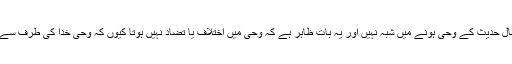
بہرحال حدیث کے وحی ہونے میں شبہ نہیں اور یہ بات ظاہر ہے کہ وحی میں اختلاف یا تضاد نہیں ہوتا کیوں کہ وحی خدا کی طرف سے ہے۔